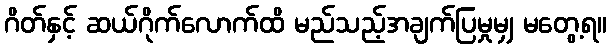
ဂိတ်နှင့် ဆယ်ဂိုက်လောက်ထိ မည်သည့်အချက်ပြမှုမျှ မတွေ့ရ။